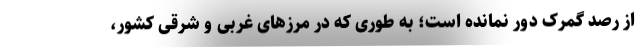
از رصد گمرک دور نمانده است؛ به طوری که در مرزهای غربی و شرقی کشور،